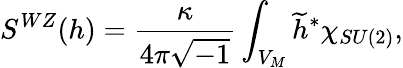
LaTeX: S^{WZ}(h)=\frac{\kappa}{4\pi\sqrt{-1}}\int_{V_{M}}\widetilde{h}^{\ast}\chi_{SU(2)},